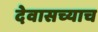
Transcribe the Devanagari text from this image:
देवासच्याच